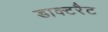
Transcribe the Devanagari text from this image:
डाक्टरैट